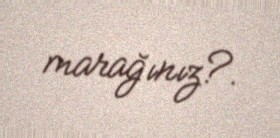
marağınız?.